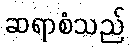
ဆရာစံသည်